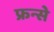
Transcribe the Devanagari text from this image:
फ्रन्से